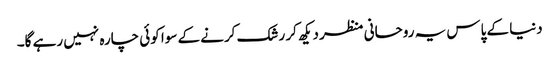
دنیا کے پاس یہ روحانی منظر دیکھ کر رشک کرنے کے سوا کوئی چارہ نہیں رہے گا۔